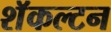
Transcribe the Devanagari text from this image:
शॅकल्टन